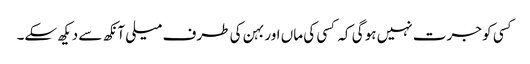
کسی کو جرت نہیں ہو گی کہ کسی کی ماں اور بہن کی طرف میلی آنکھ سے دیکھ سکے۔